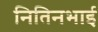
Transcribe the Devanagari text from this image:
नितिनभाई